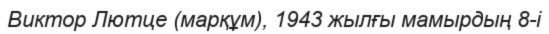
Виктор Лютце (марқұм), 1943 жылғы мамырдың 8-і